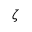
\zeta